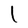
Character: l